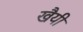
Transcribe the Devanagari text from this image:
खैयी